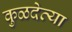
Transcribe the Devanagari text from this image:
कुळदेव्या